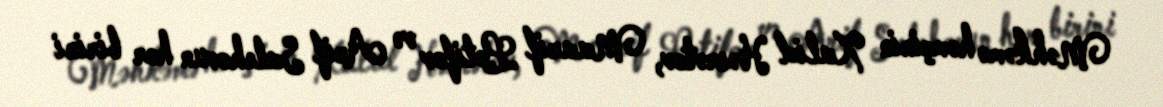
Məhkəmə həmçinin Xalid Həsrətov, Maarif Lətifov və Arif Salehovun hər birini